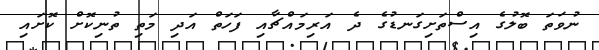
ނުވަތަ ބޮލުގެ އިސްތަށިގަނޑުގެ ދެ އަރިމައްޗާއި ފަހަތް އަދި މަތި ތުނިކޮށް ކޮށައި